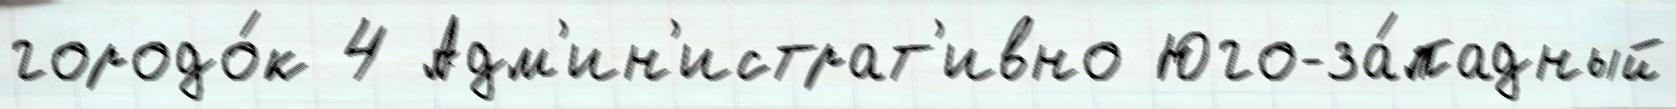
городо́к 4 Адм'ин'истрат'ивно Юго-за́падный